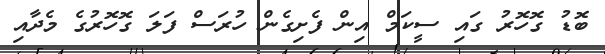
ބޮޑު ގޮހޮރު ގައި ސީކަމް އިން ފެށިގެން ހުރަސް ފަލަ ގޮހޮރުގެ މެދާއި